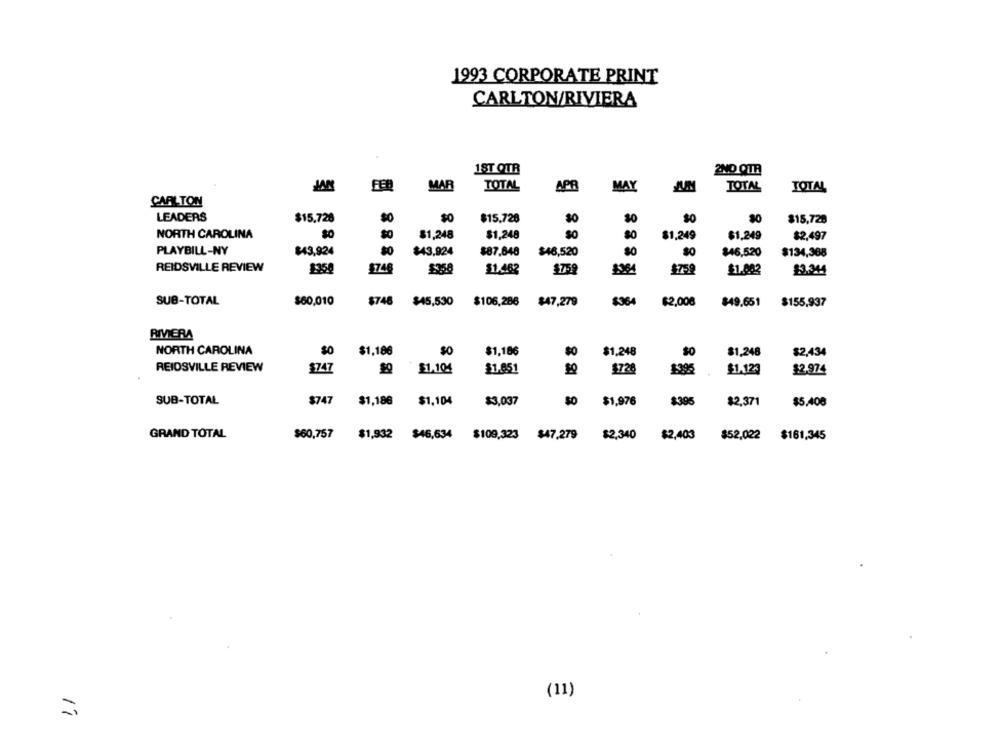
1993 CORPORATE PRINT
CARLTON/RIVIERA
1ST QTR
2ND QTR
MAR
TOTAL
APR
MAY
TOTAL
TOTAL
CARLTON
LEADERS
$15.728
$0
$0
$0
$15.728
$15,728
NORTH CAROLINA
$O
$1,248
$1,248
$0
$1.249
$1,249
$2.497
PLAYBILL-NY
$43,924
$43,924
$87.648
$46,520
$0
$46,520
$134,388
REIDSVILLE REVIEW
1350
$746
$1.462
$75
$759
$1.882
$3.344
$746
$47,279
836
SUB-TOTAL
$60,010
$45,530
$106.286
$2,008
$49.651
$155,937
RIVERA
NORTH CAROLINA
$1,186
$O
$1,186
$1,248
$1,248
$2,434
REIDSVILLE REVIEW
$1.104
$747
$1.851
$72
£3.95
$1.123
$2.974
SUB-TOTAL
$747
$1,186
$1,104
$3,037
$1,976
$395
$2,371
$5,408
GRAND TOTAL
$60,757
$1,932
$46,634 $109,323 $47,279
$2,403
$52,022 $161,345
$2,340
(11)
=